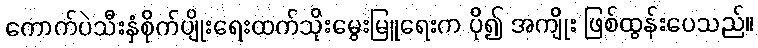
ကောက်ပဲသီးနှံစိုက်ပျိုးရေးထက်သိုးမွေးမြူရေးက ပို၍ အကျိုး ဖြစ်ထွန်းပေသည်။